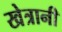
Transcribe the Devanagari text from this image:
खेत्रानी